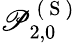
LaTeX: \mathscr{P}_{2,0}^{\mathrm{{~(~S~)~}}}